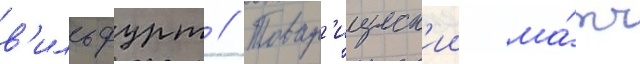
в'ильфурт // Товар'ищеск'ии ма́тч